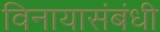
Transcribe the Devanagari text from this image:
विनायासंबंधी